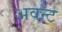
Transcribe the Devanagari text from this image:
अवन्ट